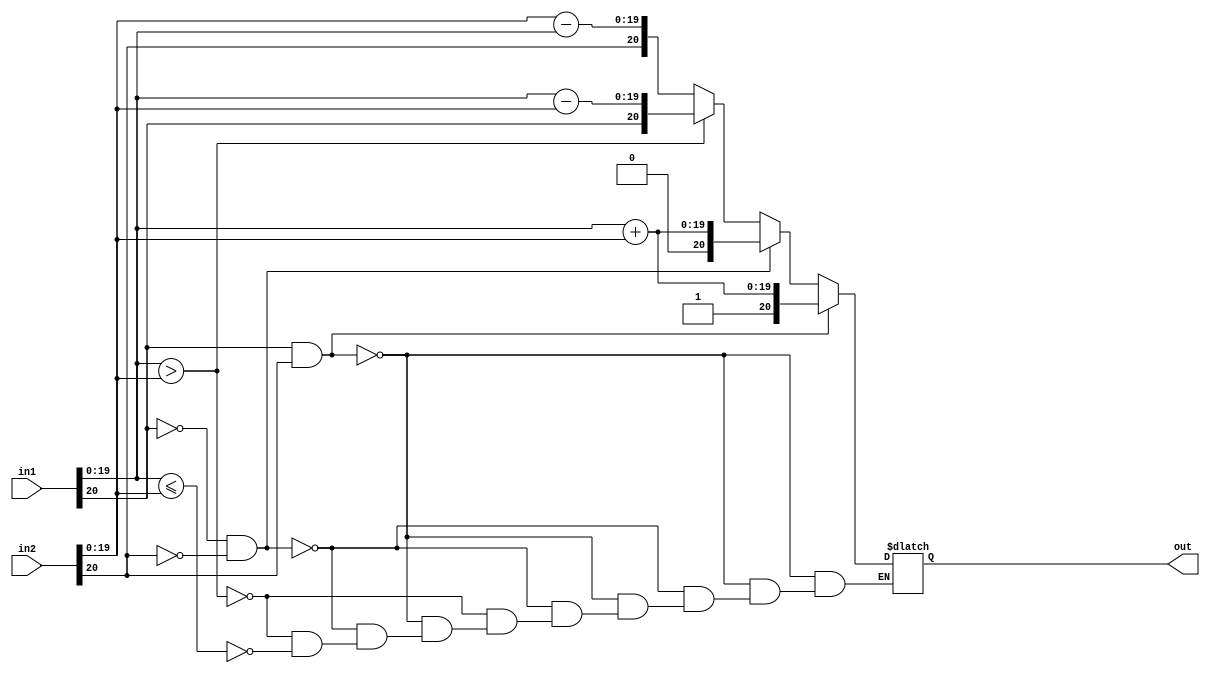
`timescale 1ns/1ns

module Adder(input [20:0] in1, in2, output reg [20:0] out);	
	always @(*) begin
		if (in1[20] && in2[20])
			out = {1'b1, in1[19:0] + in2[19:0]};
		else if (!in1[20] && !in2[20])
			out = {1'b0, in1[19:0] + in2[19:0]};
		else if (in1[19:0] > in2[19:0])
			out = {in1[20], in1[19:0] - in2[19:0]};
		else if(in1[19:0] <= in2[19:0])
			out = {in2[20], in2[19:0] - in1[19:0]};
	end
endmodule